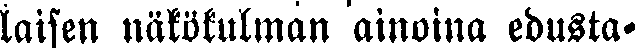
laisen näkökulman ainoina edusta-